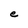
Character: e